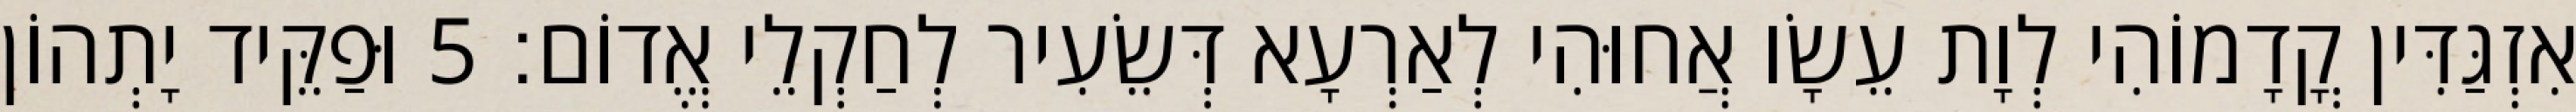
אִזְגַּדִּין קֳדָמוֹהִי לְוָת עֵשָׂו אֲחוּהִי לְאַרְעָא דְּשֵׂעִיר לְחַקְלֵי אֱדוֹם׃ 5 וּפַקֵּיד יָתְהוֹן